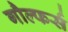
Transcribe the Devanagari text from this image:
गौल्फर्स